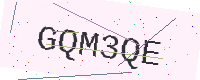
Text: GQM3QE